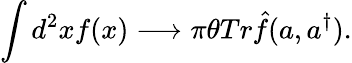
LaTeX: \int d^{2}xf(x)\longrightarrow\pi\theta Tr\hat{f}(a,a^{\dagger}).